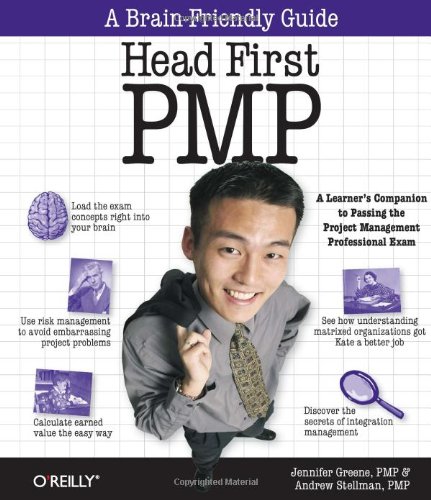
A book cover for Head First PMP: A Brain-Friendly Guide to Passing the Project Management Professional Exam; Andrew Stellman; Test Preparation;